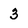
Character: 3